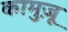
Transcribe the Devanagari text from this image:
कामुज़ू